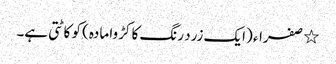
٭ صفراء (ایک زرد رنگ کا کڑوا مادہ) کو کاٹتی ہے۔